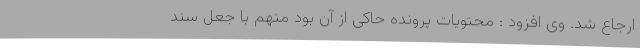
ارجاع شد. وی افزود : محتویات پرونده حاکی از آن بود متهم با جعل سند